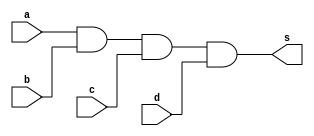
// ------------------------- 
// Exemplo0031 - F4 
// Nome: Luhan Mairinck Reis 
// ------------------------- 

// ------------------------- 
// f4_gate 
// ------------------------- 

module f4a (output s, input a, input b,
             input c, input d); 

and AND1 (s,a,b,c,d);

endmodule // AND1

module f4b (output s1,input a, input b,
             input c, input d);
				 				
or OR1 (s1,a,b,c,d);

endmodule // OR1 

module test_f4; 

// ------------------------- definir dados 

reg x, y, w, z;  
wire p;
wire q;

f4a modulo (p, x, y, w ,z); 
f4b modulo2 (q, x, y, w, z);

// ------------------------- parte principal 

initial begin 
$display("Exemplo0031 - Luhan Mairinck Reis - 446987"); 
$display("Test LU's module"); 

x = 'b0; y = 'b0; w = 'b0; z = 'b0;

// projetar testes do modulo 
#1 $display("\na b c d s s1"); 
#1 $monitor("%b %b %b %b %b %b" ,x,y,w,z,p,q); 

#1 x = 'b0; y = 'b0; w = 'b0; z = 'b1;
#1 x = 'b0; y = 'b0; w = 'b1; z = 'b0;
#1 x = 'b0; y = 'b0; w = 'b1; z = 'b1;
#1 x = 'b0; y = 'b1; w = 'b0; z = 'b0;
#1 x = 'b0; y = 'b1; w = 'b0; z = 'b1;
#1 x = 'b0; y = 'b1; w = 'b1; z = 'b0;
#1 x = 'b0; y = 'b1; w = 'b1; z = 'b1;
#1 x = 'b1; y = 'b0; w = 'b0; z = 'b0;
#1 x = 'b1; y = 'b0; w = 'b0; z = 'b1;
#1 x = 'b1; y = 'b0; w = 'b1; z = 'b0;
#1 x = 'b1; y = 'b0; w = 'b1; z = 'b1;
#1 x = 'b1; y = 'b1; w = 'b0; z = 'b0;
#1 x = 'b1; y = 'b1; w = 'b0; z = 'b1;
#1 x = 'b1; y = 'b1; w = 'b1; z = 'b0;
#1 x = 'b1; y = 'b1; w = 'b1; z = 'b1;



end 
endmodule // test_f4